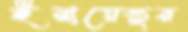
ইনায়েতুর